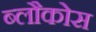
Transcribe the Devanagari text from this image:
ब्लौकोस